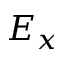
E _ { x }